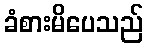
ခံစားမိပေသည်